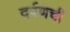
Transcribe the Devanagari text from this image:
दर्पणची